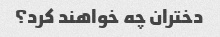
دختران چه خواهند کرد؟